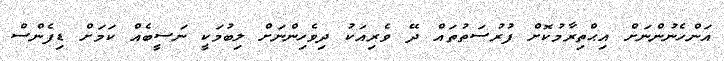
އަންހެނުންނަށް އިޙްތިރާމުކޮށް ފުރުސަތުތައް ދޭ ވެރިއަކު ދިވެހިންނަށް ލިބުމަކީ ނަސީބެއް ކަމަށް ޑިފެންސް